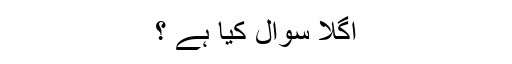
اگلا سوال کیا ہے ؟